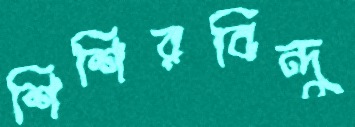
শিশিরবিন্দু